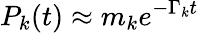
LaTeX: P_{k}(t)\approx m_{k}e^{-\Gamma_{k}t}